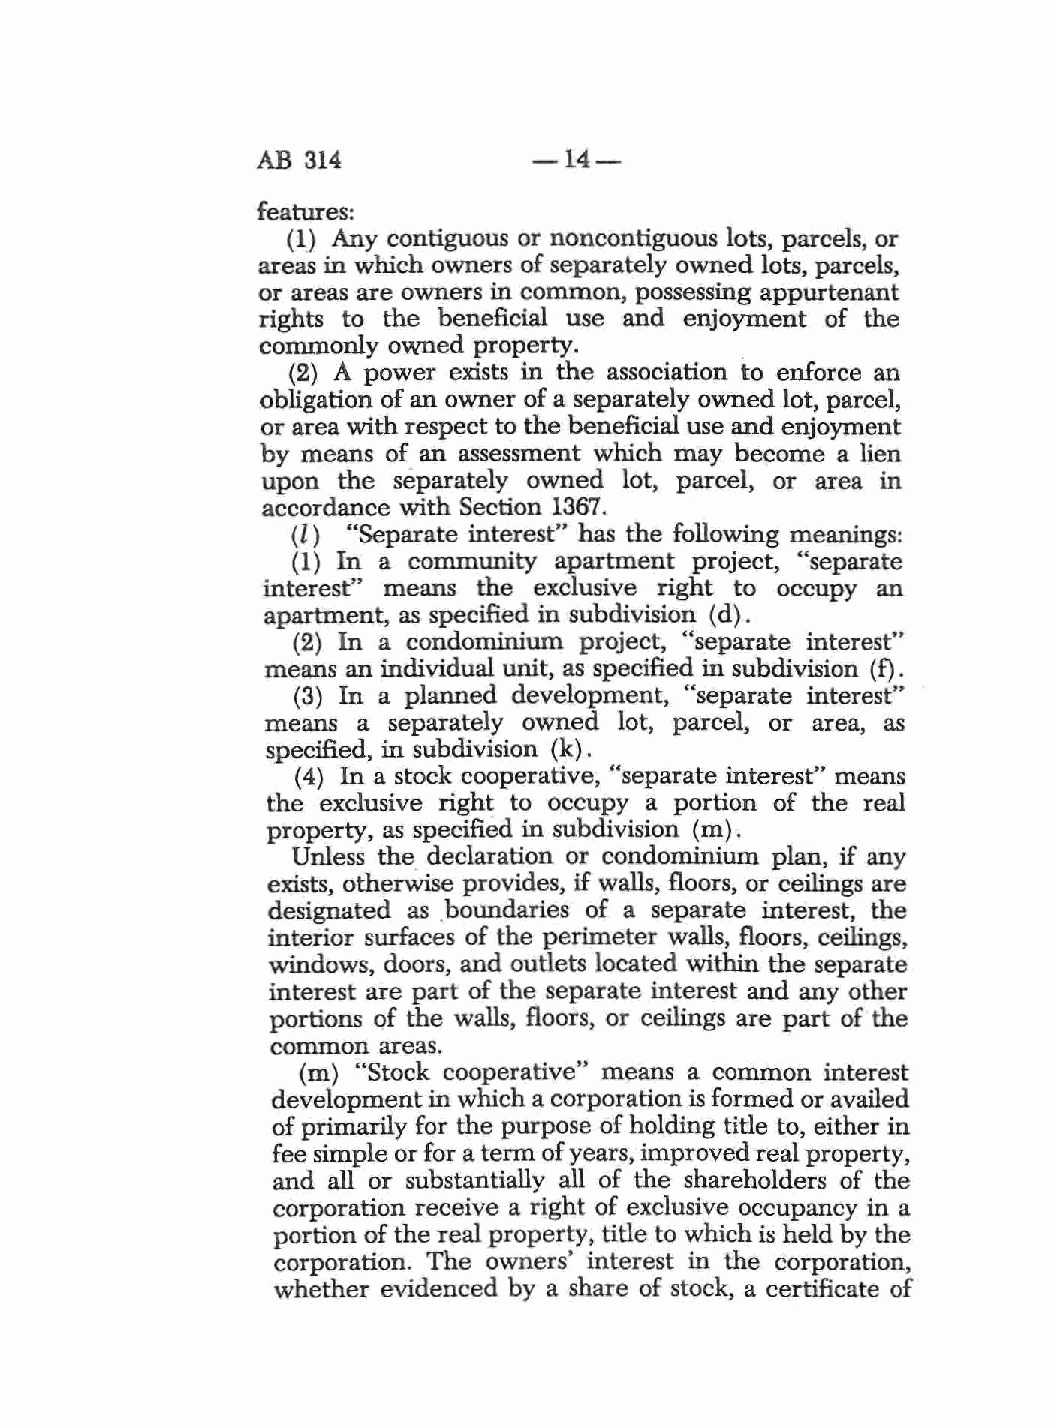
AB 314            -14-
 features:
 (1) Any contiguous or noncontiguous lots, parcels, or
 areas in which owners of separately owned lots, parcels,
 or areas are owners in common, possessing appurtenant
 rights to the beneficial use and enjoyment of the
 commonly owned property.        .
 (2) A power exists in the association to enforce an
 obligation of an owner of a separately owned lot, parcel,
 or area with respect to the beneficial use and enjoyment
 by means of an assessment which may become a lien
 upon the separately owned lot, parcel, or area in
 accordance with Section 1367.
 ( l ) "Separate interest" has the following meanings:
 (1) In a community apartment project, "separate
 interest" means the exclusive right to occupy an
 apartment, as specified in subdivision (d).
 (2) In a condominium project, "separate interest"
 means an individual unit, as specified in subdivision (f).
 (3) In a planned development, "separate interest"
 means  a separately owned lot, parcel, or area, as
 specified, in subdivision (k).
 (4) In a stock cooperative, "separate interest,, means
 the exclusive right to occupy a portion of the real
 property, as specified in subdivision (m).
 Unless the declaration or condominium plan, if any
 exists, otherwise provides, if walls, floors, or ceilings are
 designated as .b oundaries of a separate interest, the
 interior surfaces of the perimeter walls, floors, ceilings,
 windows, doors, and outlets located within the separate
 interest are part of the separate interest and any other
 portions of the walls, floors, or ceilings are part of the
 common areas.
 (m) "Stock cooperative" means a common interest
 development in which a corporation is formed or availed
 of primarily for the purpose of holding title to, either in
 fee simple or for a term of years, improved real property,
 and all or substantially all of the shareholders of the
 corporation receive a right of exclusive occupancy in a
 portion of the real property, title to which is held by the
 corporation. The owners' interest in the corporation,
 whether evidenced by a share of stock, a certificate of